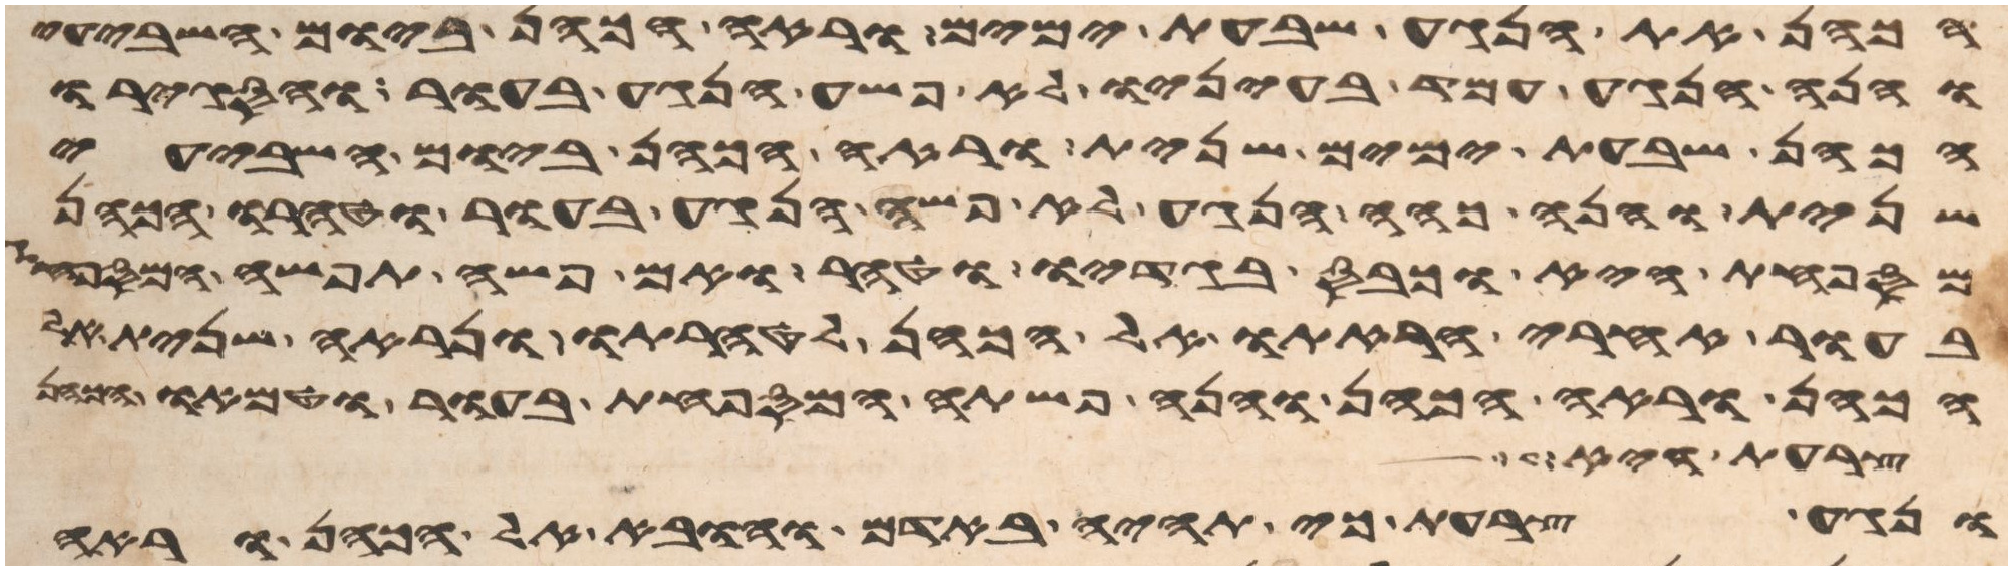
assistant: הכהן את הנגע שבעת ימים וראה הכהן ביום השביעי
והנה הנגע עמד בעיניו לא פשה הנגע בעור והסגירו
הכהן שבעת ימים שנית וראה הכהן ביום השביעי
שנית והנה כהה הנגע לא פשה הנגע בעור וטהרו הכהן
המספחת היא וכבס בגדיו וטהר ואם פשה תפשה המספחת
בעור אחרי הראתו אל הכהן לטהרתו ונראה שנית אל
הכהן וראה הכהן והנה פשתה המספחת בעור וטמאו
רע וישג
ונגע צרעת כי תהיה באדם והובא אל הכהן וראה